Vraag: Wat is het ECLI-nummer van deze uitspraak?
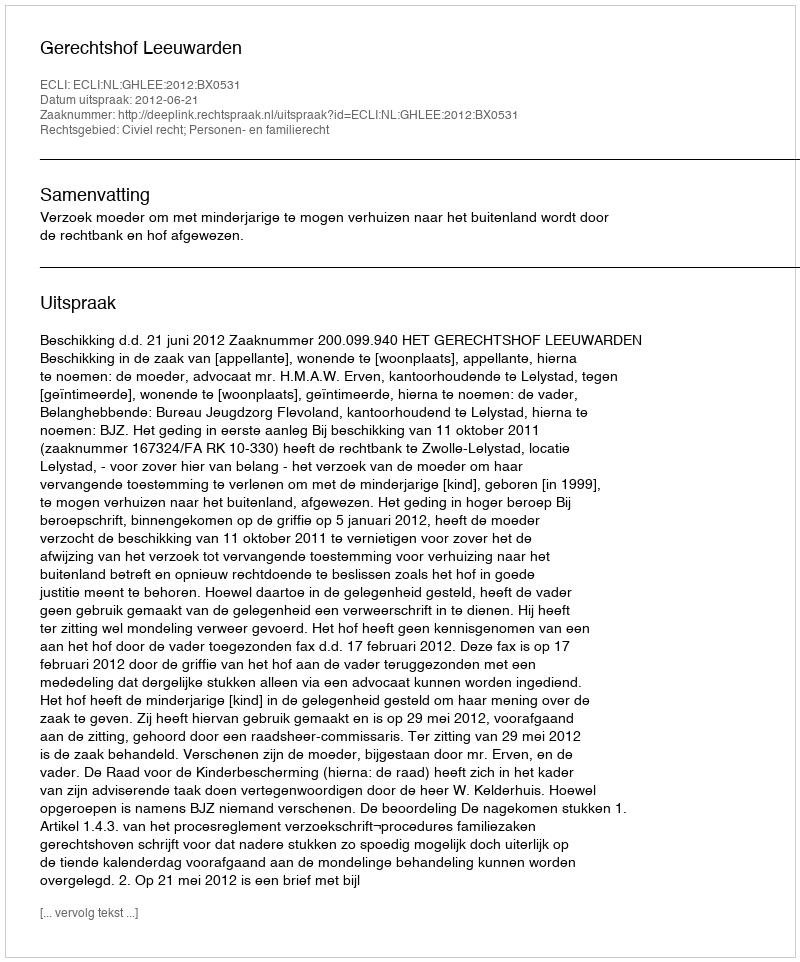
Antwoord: ECLI:NL:GHLEE:2012:BX0531